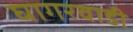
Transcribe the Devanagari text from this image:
घागरवाडी